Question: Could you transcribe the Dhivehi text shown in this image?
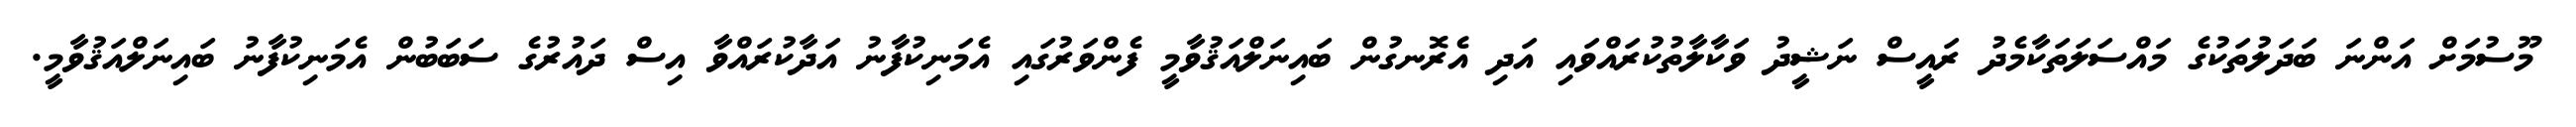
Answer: މޫސުމަށް އަންނަ ބަދަލުތަކުގެ މައްސަލަތަކާމެދު ރައީސް ނަޝީދު ވަކާލާތުކުރައްވައި އަދި އެރޮނގުން ބައިނަލްއަޤުވާމީ ފެންވަރުގައި އެމަނިކުފާނު އަދާކުރައްވާ އިސް ދައުރުގެ ސަބަބުން އެމަނިކުފާނު ބައިނަލްއަޤުވާމީ.